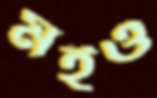
মইও